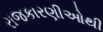
રાજકારણીઓથી